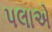
પલાએ